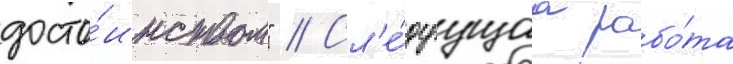
досто́инством" // Сл'е́дуущаа рабо́та